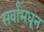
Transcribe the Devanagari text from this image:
सर्वांमधून